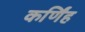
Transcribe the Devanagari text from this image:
कर्णिंह